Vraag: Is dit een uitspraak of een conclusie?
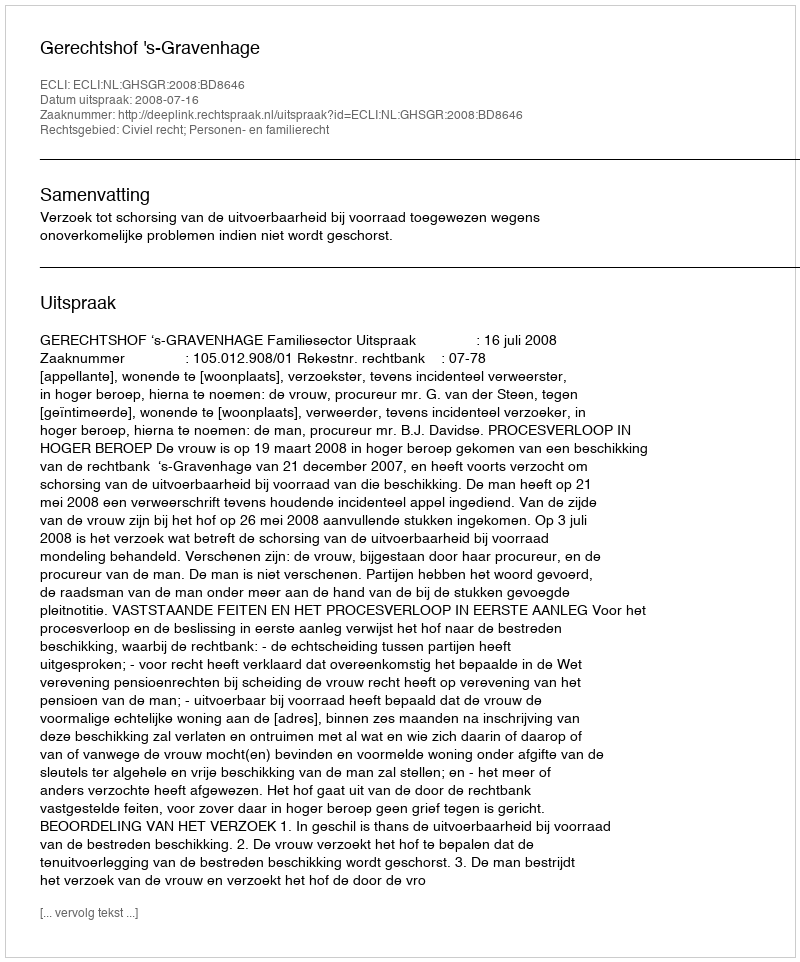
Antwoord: Uitspraak